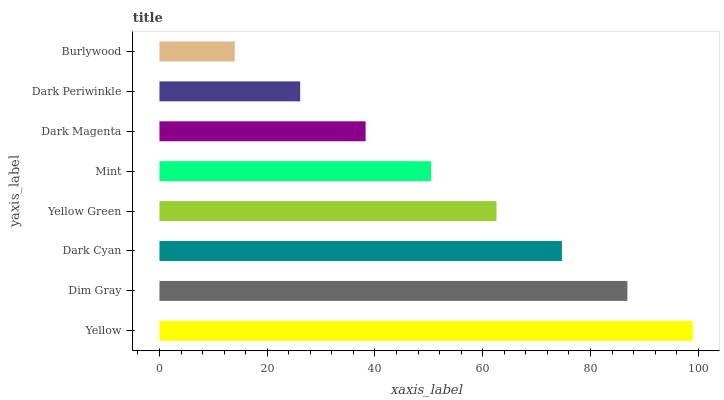
| yaxis_label | bars |
 | --- | --- |
 | Yellow | 99 |
 | Dim Gray | 86.9 |
 | Dark Cyan | 74.7 |
 | Yellow Green | 62.6 |
 | Mint | 50.4 |
 | Dark Magenta | 38.3 |
 | Dark Periwinkle | 26.1 |
 | Burlywood | 14 |